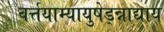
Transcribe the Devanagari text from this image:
वर्त्तयाम्यायुषेड्न्नाद्याय